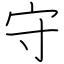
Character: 守